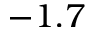
- 1 . 7